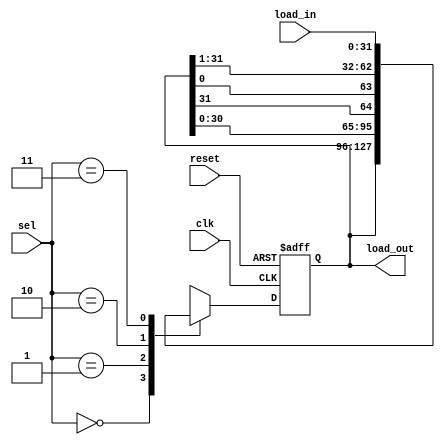
// Description:
// N-Registers 
// 1. that can load in our out along y-direction
// 2. or, circular shift left or right (along, x-direction)
// 3. or, stay-put
module srxy #(parameter N=32)
(
    input wire          clk,
    input wire          reset,
    input wire  [1:0]   sel,
    input wire  [N-1:0] load_in,
    output wire [N-1:0] load_out
);
localparam [1:0] 
nop = 2'b00,
    shl = 2'b01,
    shr = 2'b10,
    shd = 2'b11;
//
//
reg [N-1:0] sr, sr_next;
//
//
assign load_out = sr;
//
//
always@(posedge clk, posedge reset)
begin
    if(reset)
        sr <= 0;
    else
        sr <= sr_next;
end
//
//
always@(*)
begin
    case(sel)
        nop:sr_next <= sr;
        shl:sr_next <= {sr[N-2:0], sr[N-1]};    
        shr:sr_next <= {sr[0], sr[N-1:1]};
        shd:sr_next <= load_in;                    
    endcase
end

endmodule